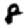
Digit: 8